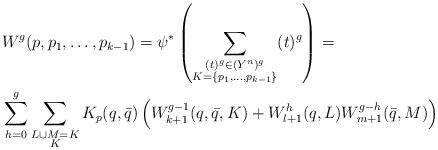
LaTeX: \begin{align*}&W^g(p,p_1,\dots,p_{k-1})=\psi^\ast\left(\sum_{\substack{(t)^g\in (Y^n)^g\\K=\{p_1,\dots,p_{k-1}\}}}(t)^g\right)=\\&\sum_{h=0}^g\sum_{\substack{L\cup M=K\\K}} K_p(q,\bar{q})\left(W^{g-1}_{k+1}(q,\bar{q},K)+ W_{l+1}^h(q,L)W_{m+1}^{g-h}(\bar{q},M)\right)\end{align*}